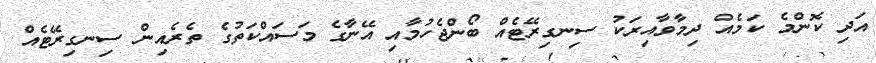
އަދި ކޮންމެ ކަމެއް ދިމާވާއިރަކު ސިނގިރޭޓެއް ބޯންޖެހުމާއި އޭނާގެ މަސައްކަތުގެ ތެރެއިން ސިނގިރޭޓެއް